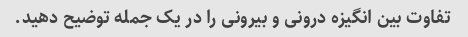
تفاوت بین انگیزه درونی و بیرونی را در یک جمله توضیح دهید.